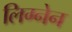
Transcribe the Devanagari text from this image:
लिग्नेन